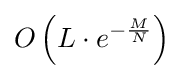
O\left(L\cdot e^{-{\frac {M}{N}}}\right)